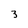
Character: 3